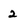
Character: 2